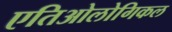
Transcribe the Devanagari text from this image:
एतिओलोगिकल